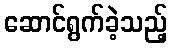
ဆောင်ရွက်ခဲ့သည့်